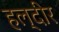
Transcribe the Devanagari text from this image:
हल्दीर